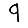
Digit: 9